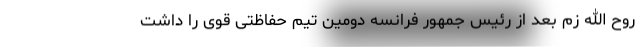
روح الله زم بعد از رئیس جمهور فرانسه دومین تیم حفاظتی قوی را داشت